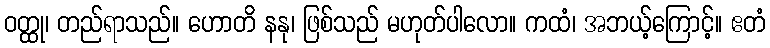
ဝတ္ထု၊ တည်ရာသည်။ ဟောတိ နနု၊ ဖြစ်သည် မဟုတ်ပါလော။ ကထံ၊ အဘယ့်ကြောင့်။ ဧတံ